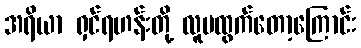
အရိယာ ရှင်ရဟန်းတို့ လူမထွက်တော့ကြောင်း